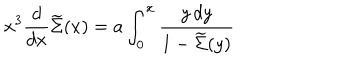
x ^ { 3 } { \frac { d } { d x } } \widetilde \Sigma ( x ) = a \int _ { 0 } ^ { x } { \frac { y \, d y } { 1 - \widetilde \Sigma ( y ) } }